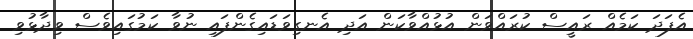
އެފަދަ ކަމެއް ރައީސް ކުރައްވަން އުޅުއްވާކަން އަދި އެނގިވަޑައިގެންފައި ނުވާ ކަމުގައިވެސް ވިދާޅުވި